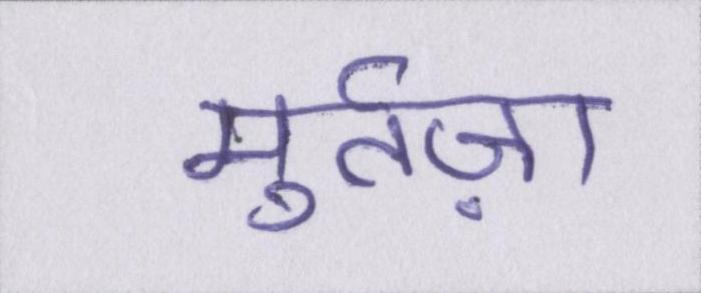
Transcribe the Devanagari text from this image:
मुर्तज़ा